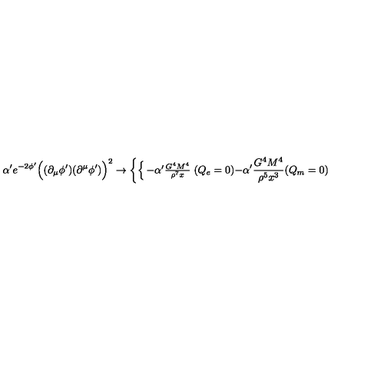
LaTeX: \alpha ^ { \prime } e ^ { - 2 \phi ^ { \prime } } \Bigl ( ( \partial _ { \mu } \phi ^ { \prime } ) ( \partial ^ { \mu } \phi ^ { \prime } ) \Bigr ) ^ { 2 } \rightarrow \left\{ \begin{cases} { - \alpha ^ { \prime } \frac { G ^ { 4 } M ^ { 4 } } { \rho ^ { 7 } x } } & { ( Q _ { e } = 0 ) } \\ { - \alpha ^ { \prime } \frac { G ^ { 4 } M ^ { 4 } } { \rho ^ { 5 } x ^ { 3 } } } & { ( Q _ { m } = 0 ) } \\ \end{cases} \right.